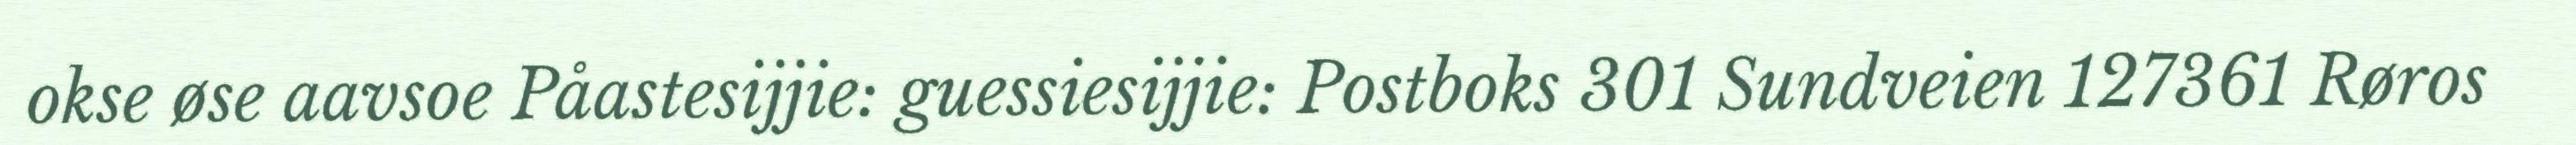
okse øse aavsoe Påastesijjie: guessiesijjie: Postboks 301 Sundveien 127361 Røros